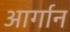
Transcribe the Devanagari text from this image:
आर्गान